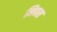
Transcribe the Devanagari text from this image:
निवश